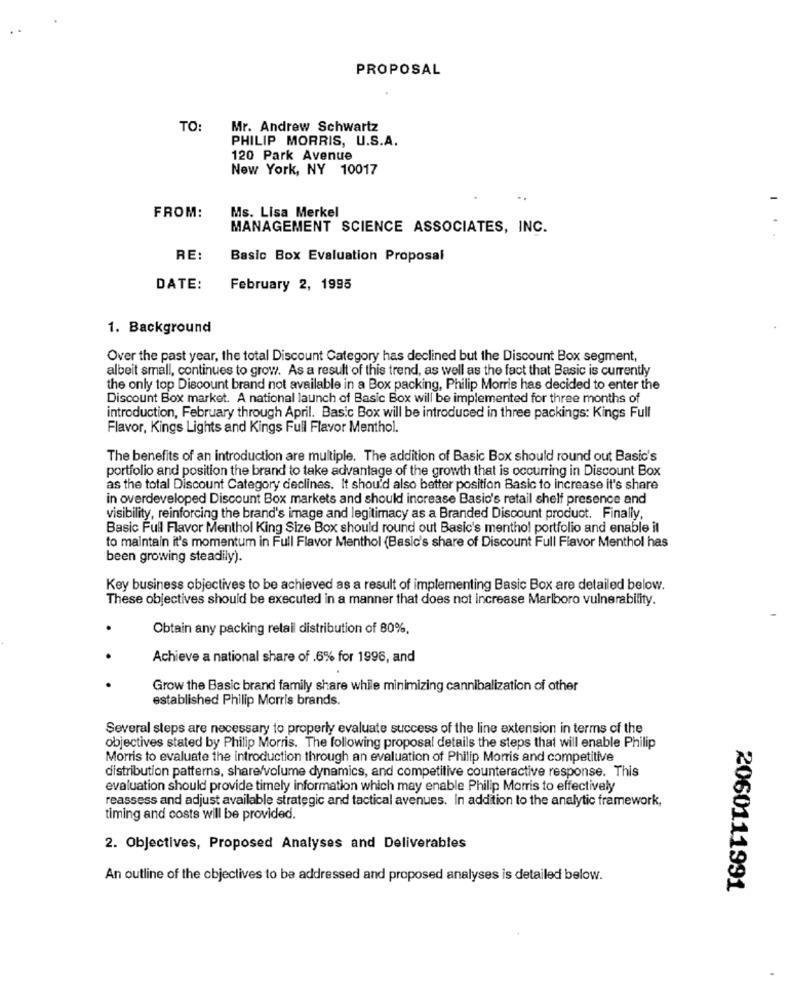
PROPOSAL
TO:
Mr. Andrew Schwartz
PHILIP MORRIS, U.S.A.
120 Park Avenue
New York, NY 10017
Ms. Lisa Merkel
FROM:
MANAGEMENT SCIENCE ASSOCIATES, INC.
RE:
Basic Box Evaluation Proposal
DATE:
February 2, 1995
1. Background
Over the past year, the total Discount Category has declined but the Discount Box segment,
albeit small, continues to grow. As a result of this trend, as well as the fact that Basic is currently
the only top Discount brand not available in a Box packing, Philip Morris has decided to enter the
Discount Box market. A national launch of Basic Box will be implemented for three months of
introduction, February through April. Basic Box will be introduced in three packings: Kings Full
Flavor, Kings Lights and Kings Full Flavor Menthol.
The benefits of an introduction are multiple. The addition of Basic Box should round out Basic's
portfolio and position the brand to take advantage of the growth that is occurring in Discount Box
as the total Discount Category declines. It should also better position Basic to increase it's share
in overdeveloped Discount Box markets and should increase Basic's retail shelf presence and
visibility, reinforcing the brand's image and legitimacy as a Branded Discount product. Finally,
Basic Full Flavor Menthol King Size Box should round out Basic's menthol portfolio and enable it
to maintain it's momentum in Full Flavor Menthol (Basic's share of Discount Full Flavor Menthol has
been growing steadily).
Key business objectives to be achieved as a result of implementing Basic Box are detailed below.
These objectives should be executed in a manner that does not increase Marlboro vulnerability.
.
Obtain any packing retail distribution of 80%.
.
Achieve a national share of .6% for 1996, and
.
Grow the Basic brand family share while minimizing cannibalization of other
established Philip Morris brands.
Several steps are necessary to properly evaluate success of the line extension in terms of the
objectives stated by Philip Morris. The following proposal details the steps that will enable Philip
Morris to evaluate the introduction through an evaluation of Philip Morris and competitive
distribution patterns, share/volume dynamics, and competitive counteractive response. This
evaluation should provide timely information which may enable Philip Morris to effectively
reassess and adjust available strategic and tactical avenues. In addition to the analytic framework,
timing and costs will be provided.
2. Objectives, Proposed Analyses and Deliverables
An outline of the objectives to be addressed and proposed analyses is detailed below.
2060111991